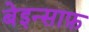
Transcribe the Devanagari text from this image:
बेइन्साफ़